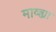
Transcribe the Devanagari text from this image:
माव्ह्या